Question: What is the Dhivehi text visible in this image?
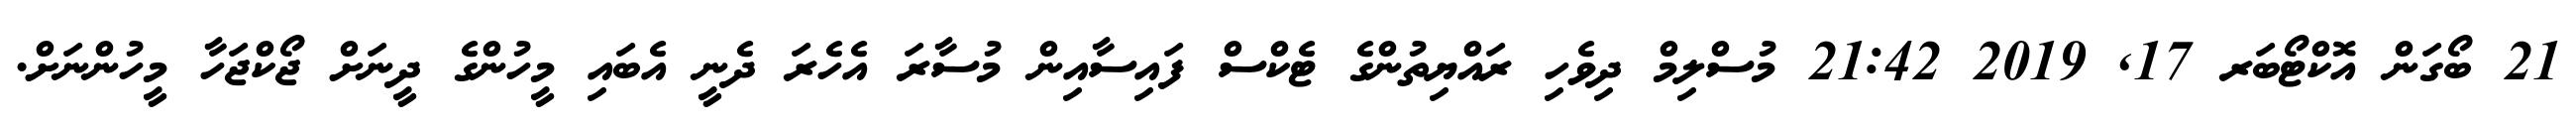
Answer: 21 ބޯގަން އޮކްޓޯބަރ 17, 2019 21:42 މުސްލިމް ދިވެހި ރައްޔިތުންގެ ޓެކްސް ފައިސާއިން މުސާރަ އެހެރަ ދެނީ އެބައި މީހުންގެ ދީނަށް ޖޯކްޖަހާ މީހުންނަށް.